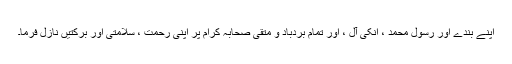
اپنے بندے اور رسول محمد ، انکی آل ، اور تمام بردباد و متقی صحابہ کرام پر اپنی رحمت ، سلامتی اور برکتیں نازل فرما۔